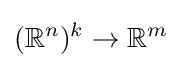
(\mathbb {R} ^{n})^{k}\to \mathbb {R} ^{m}